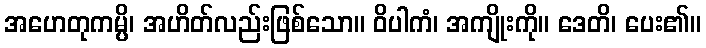
အဟေတုကမ္ပိ၊ အဟိတ်လည်းဖြစ်သော။ ဝိပါကံ၊ အကျိုးကို။ ဒေတိ၊ ပေး၏။